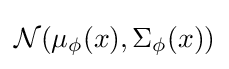
{\mathcal {N}}(\mu _{\phi }(x),\Sigma _{\phi }(x))